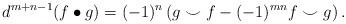
LaTeX: \begin{align*}d^{m+n-1}(f \bullet g) = (-1)^{n}\left(g \smile f - (-1)^{mn}f \smile g\right). \end{align*}